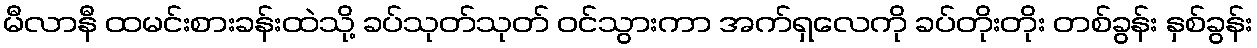
မီလာနီ ထမင်းစားခန်းထဲသို့ ခပ်သုတ်သုတ် ဝင်သွားကာ အက်ရှလေကို ခပ်တိုးတိုး တစ်ခွန်း နှစ်ခွန်း